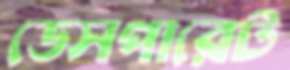
ডেসপারেট